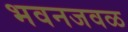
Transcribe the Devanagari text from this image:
भवनजवळ